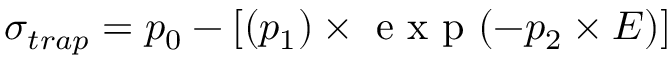
\sigma _ { t r a p } = p _ { 0 } - [ ( p _ { 1 } ) \times \mathrm { ~ e ~ x ~ p ~ } ( - p _ { 2 } \times E ) ]